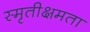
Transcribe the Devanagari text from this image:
स्मृतीक्षमता